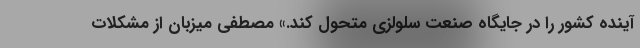
آینده کشور را در جایگاه صنعت سلولزی متحول کند.» مصطفی میزبان از مشکلات